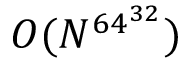
O ( N ^ { 6 4 ^ { 3 2 } } )